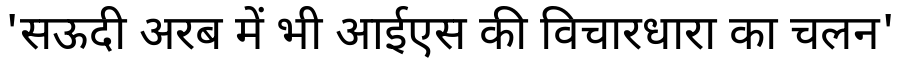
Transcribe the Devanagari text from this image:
'सऊदी अरब में भी आईएस की विचारधारा का चलन'